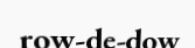
row-de-dow